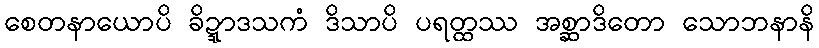
စေတနာယောပိ ခိဍ္ဍာဒသကံ ဒိသာပိ ပရတ္ထဿ အစ္ဆာဒိတော သောဘနာနိ